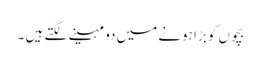
بچوں کو بڑا ہونے میں دو مہینے لگتے ہیں ۔